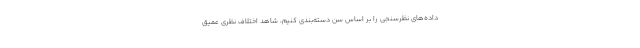
داده‌های نظرسنجی را بر اساس سن دسته‌بندی کنیم، شاهد اختلاف ‌نظری عمیق